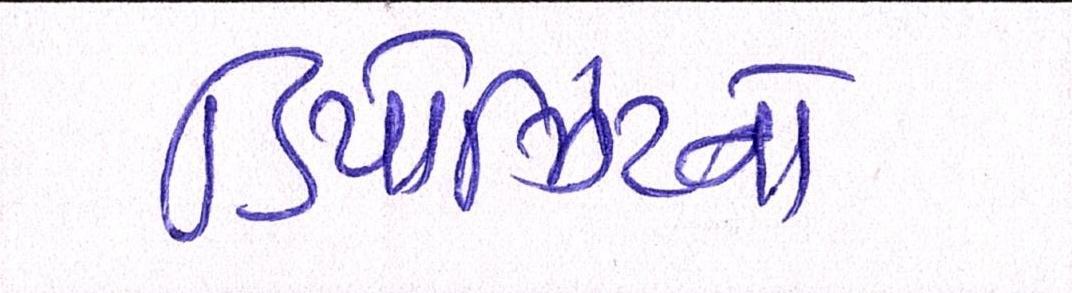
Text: ડિપોઝિટનો